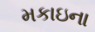
મકાઇના